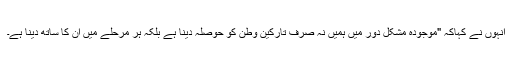
انہوں نے کہاکہ "موجودہ مشکل دور میں ہمیں نہ صرف تارکین وطن کو حوصلہ دینا ہے بلکہ ہر مرحلے میں ان کا ساتھ دینا ہے۔